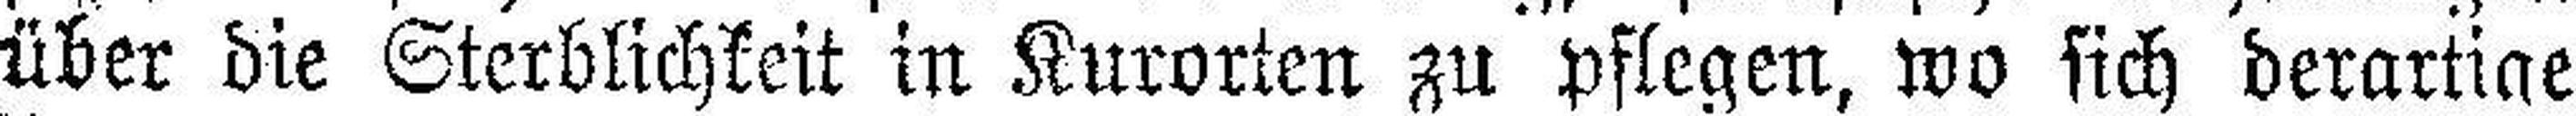
über die Sterblichkeit in Kurorten zu pflegen, wo sich derartige